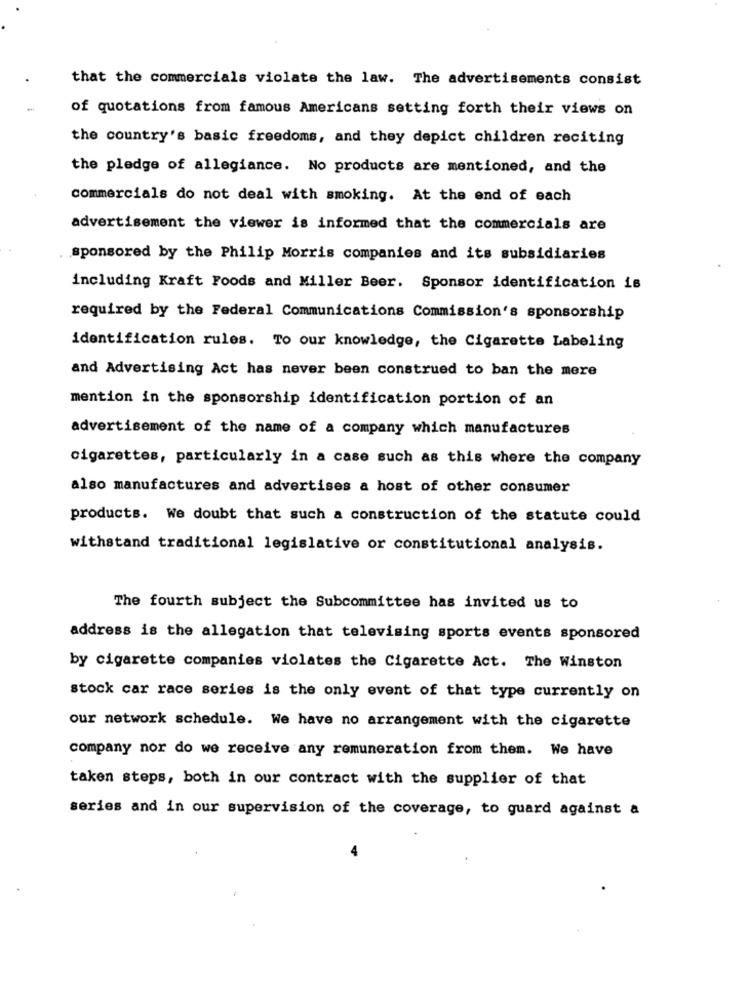
that the commercials violate the law. The advertisements consist
of quotations from famous Americans setting forth their views on
the country's basic freedoms, and they depict children reciting
the pledge of allegiance. No products are mentioned, and the
commercials do not deal with smoking. At the end of each
advertisement the viewer is informed that the commercials are
sponsored by the Philip Morris companies and its subsidiaries
including Kraft Foods and Miller Beer. Sponsor identification is
required by the Federal Communications Commission's sponsorship
identification rules. To our knowledge, the Cigarette Labeling
and Advertising Act has never been construed to ban the mere
mention in the sponsorship identification portion of an
advertisement of the name of a company which manufactures
cigarettes, particularly in a case such as this where the company
also manufactures and advertises a host of other consumer
products. We doubt that such a construction of the statute could
withstand traditional legislative or constitutional analysis.
The fourth subject the Subcommittee has invited us to
address is the allegation that televising sports events sponsored
by cigarette companies violates the Cigarette Act. The Winston
stock car race series is the only event of that type currently on
our network schedule. We have no arrangement with the cigarette
company nor do we receive any remuneration from them. We have
taken steps, both in our contract with the supplier of that
series and in our supervision of the coverage, to guard against a